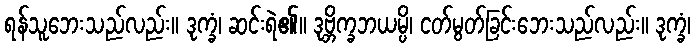
ရန်သူဘေးသည်လည်း။ ဒုက္ခံ၊ ဆင်းရဲ၏။ ဒုဗ္ဘိက္ခဘယမ္ပိ၊ ငတ်မွတ်ခြင်းဘေးသည်လည်း။ ဒုက္ခံ၊